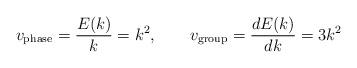
LaTeX: \begin{align*}v_{\rm phase} = {E(k)\over k} = k^{2},\qquad v_{\rm group} = {dE(k)\over dk} = 3k^{2}\end{align*}